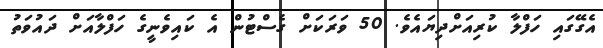
އެގޭގައި ހަފްލާ ކުރިއަށްދިޔައެވެ. 50 ވަރަކަށް ގެސްޓުން އެ ކައިވެނީގެ ހަފްލާއަށް ދައުވަތު